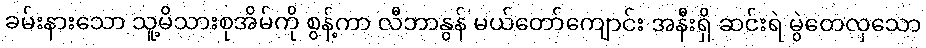
ခမ်းနားသော သူ့မိသားစုအိမ်ကို စွန့်ကာ လီဘာနွန် မယ်တော်ကျောင်း အနီးရှိ ဆင်းရဲ မွဲတေလှသော